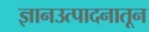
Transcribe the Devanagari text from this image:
ज्ञानउत्पादनातून